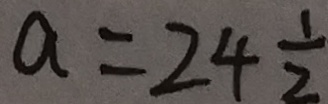
a = 2 4 \frac { 1 } { 2 }